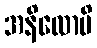
အနိလောပိ